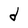
Character: d